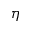
\eta